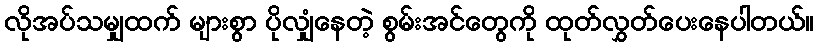
လိုအပ်သမျှထက် များစွာ ပိုလျှံနေတဲ့ စွမ်းအင်တွေကို ထုတ်လွှတ်ပေးနေပါတယ်။